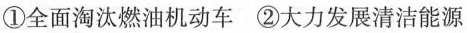
①全面淘汰燃油机动车 ②大力发展清洁能源